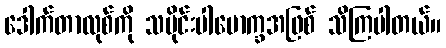
ဒေါက်တာလုစ်ကို သမိုင်းပါမောက္ခအဖြစ် သိကြပါတယ်။